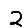
Digit: 2